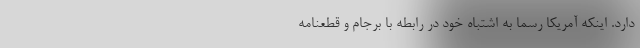
دارد. اینکه آمریکا رسما به اشتباه خود در رابطه با برجام و قطعنامه